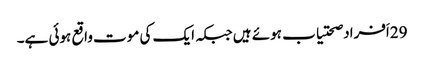
29اَفراد صحتیاب ہوئے ہیں جبکہ ایک کی موت واقع ہوئی ہے۔